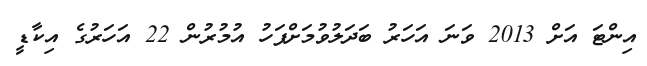
އިންޓަ އަށް 2013 ވަނަ އަހަރު ބަދަލުވުމަށްފަހު އުމުރުން 22 އަހަރުގެ އިކާޑީ